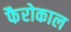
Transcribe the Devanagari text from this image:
फैरोकाल